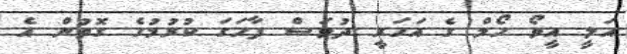
އަލީ އީވޯ ހޯމް ގެ އަހަރީ ދުވަސް ފާހަގަ ކުރުމުގެ ގޮތުން އެ